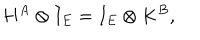
H ^ { A } \otimes I _ { E } = I _ { E } \otimes K ^ { B } ,